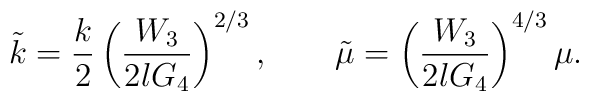
\tilde{k} =\frac{k}{2} \left( \frac{W_3}{2lG_4} \right)^{2/3}, \qquad \tilde{\mu} =\left( \frac{W_3}{2lG_4} \right)^{4/3} \mu  .